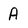
Character: A